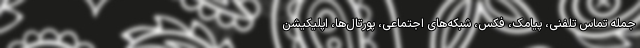
جمله تماس تلفنی، پیامک، فکس، شبکه‌های اجتماعی، پورتال‌ها، اپلیکیشن